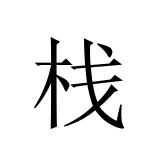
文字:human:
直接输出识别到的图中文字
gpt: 栈